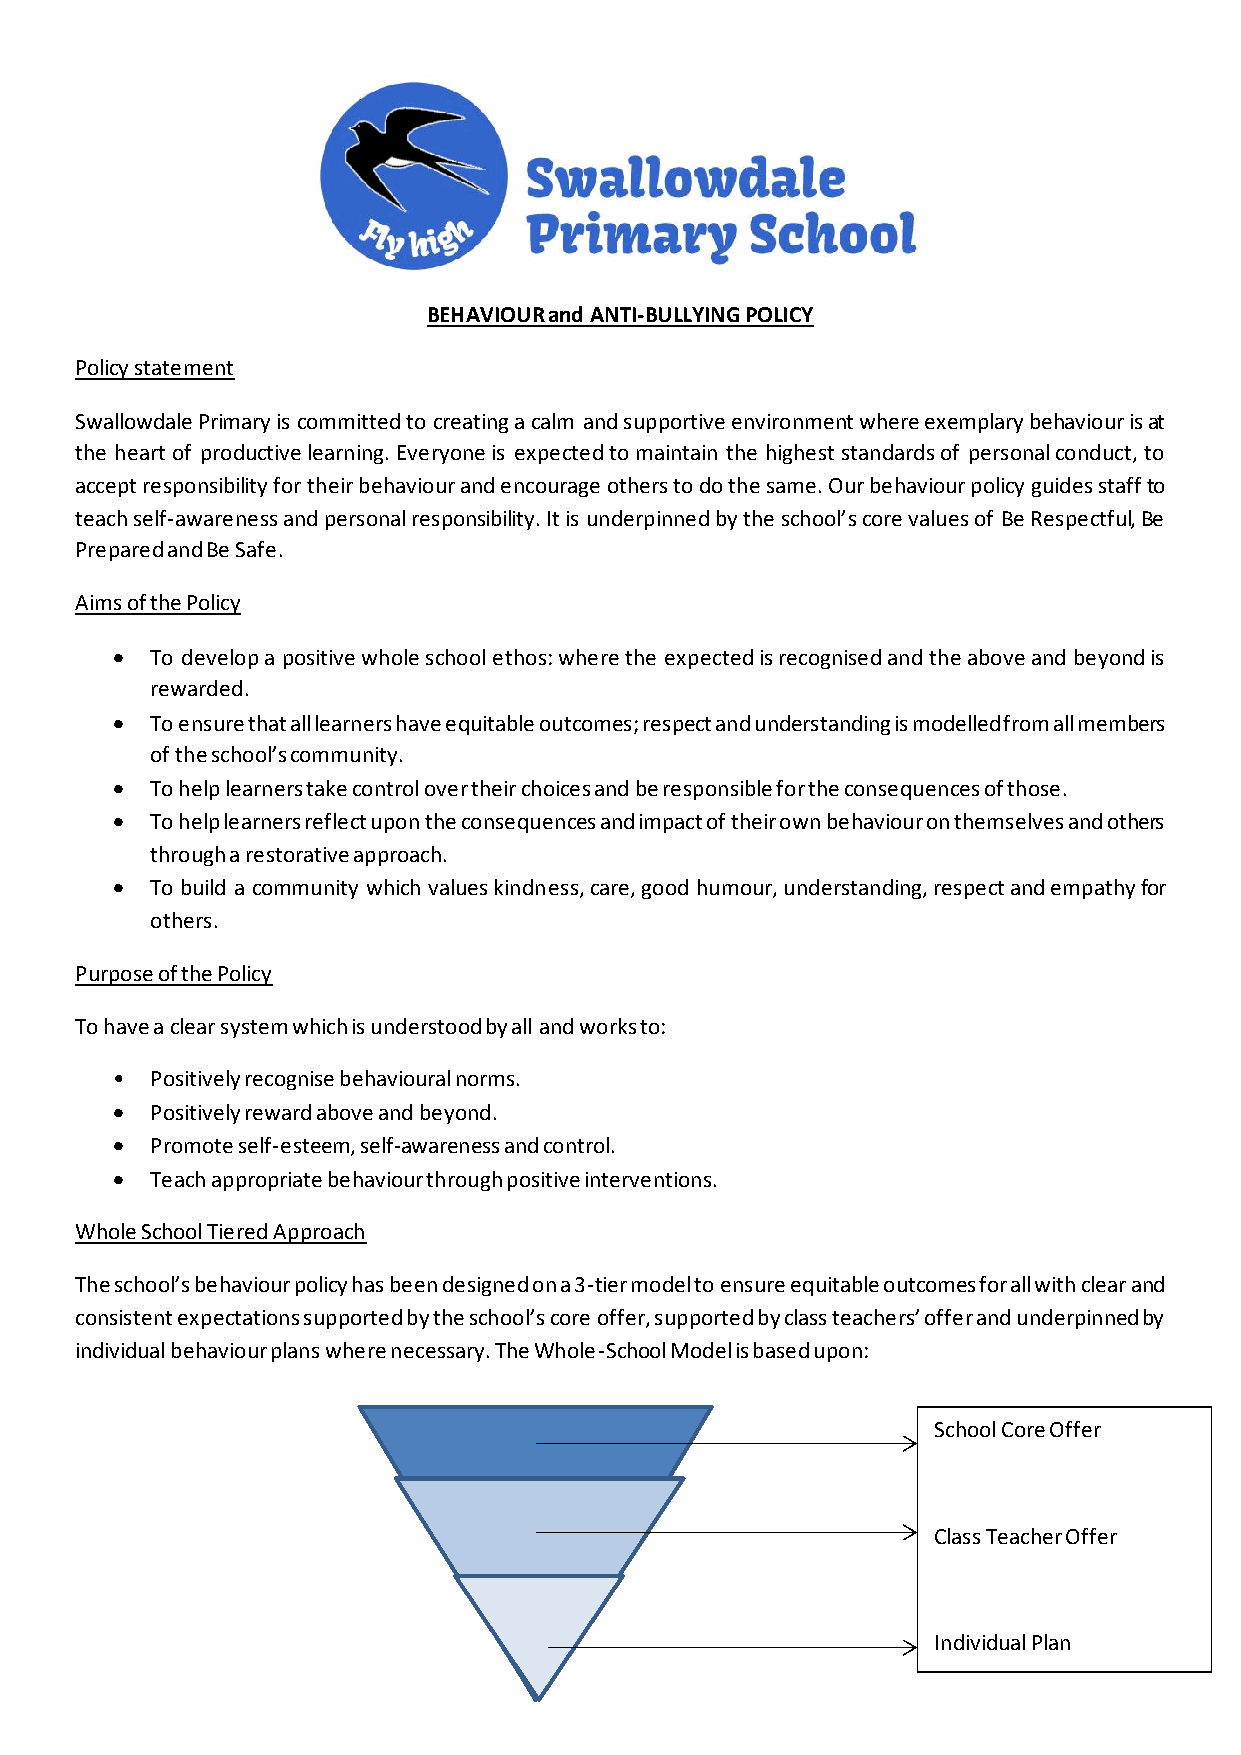
BEHAVIOUR and ANTI-BULLYING POLICY
 Policy statement
 Swallowdale Primary is committed to creating a calm and supportive environment where exemplary behaviour is at
 the heart of productive learning. Everyone is expected to maintain the highest standards of personal conduct, to
 accept responsibility for their behaviour and encourage others to do the same. Our behaviour policy guides staff to
 teach self-awareness and personal responsibility. It is underpinned by the school’s core values of Be Respectful, Be
 Prepared and Be Safe.
 Aims of the Policy
 •  To develop a positive whole school ethos: where the expected is recognised and the above and beyond is
 rewarded.
 •  To ensure that all learners have equitable outcomes; respect and understanding is modelled from all members
 of the school’s community.
 •  To help learners take control over their choices and be responsible for the consequences of those.
 •  To help learners reflect upon the consequences and impact of their own behaviour on themselves and others
 through a restorative approach.
 •  To build a community which values kindness, care, good humour, understanding, respect and empathy for
 others.
 Purpose of the Policy
 To have a clear system which is understood by all and works to:
 •  Positively recognise behavioural norms.
 •  Positively reward above and beyond.
 •  Promote self-esteem, self-awareness and control.
 •  Teach appropriate behaviour through positive interventions.
 Whole School Tiered Approach
 The school’s behaviour policy has been designed on a 3-tier model to ensure equitable outcomes for all with clear and
 consistent expectations supported by the school’s core offer, supported by class teachers’ offer and underpinned by
 individual behaviour plans where necessary. The Whole-School Model is based upon:
 School Core Offer
 Class Teacher Offer
 Individual Plan